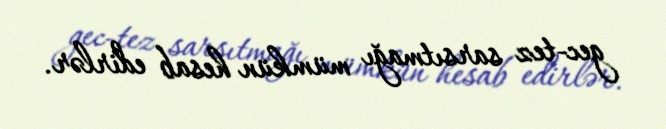
gec-tez sarsıtmağı mümkün hesab edirlər.